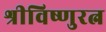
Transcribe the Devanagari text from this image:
श्रीविष्णुरत्न